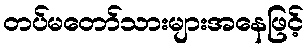
တပ်မတော်သားများအနေဖြင့်